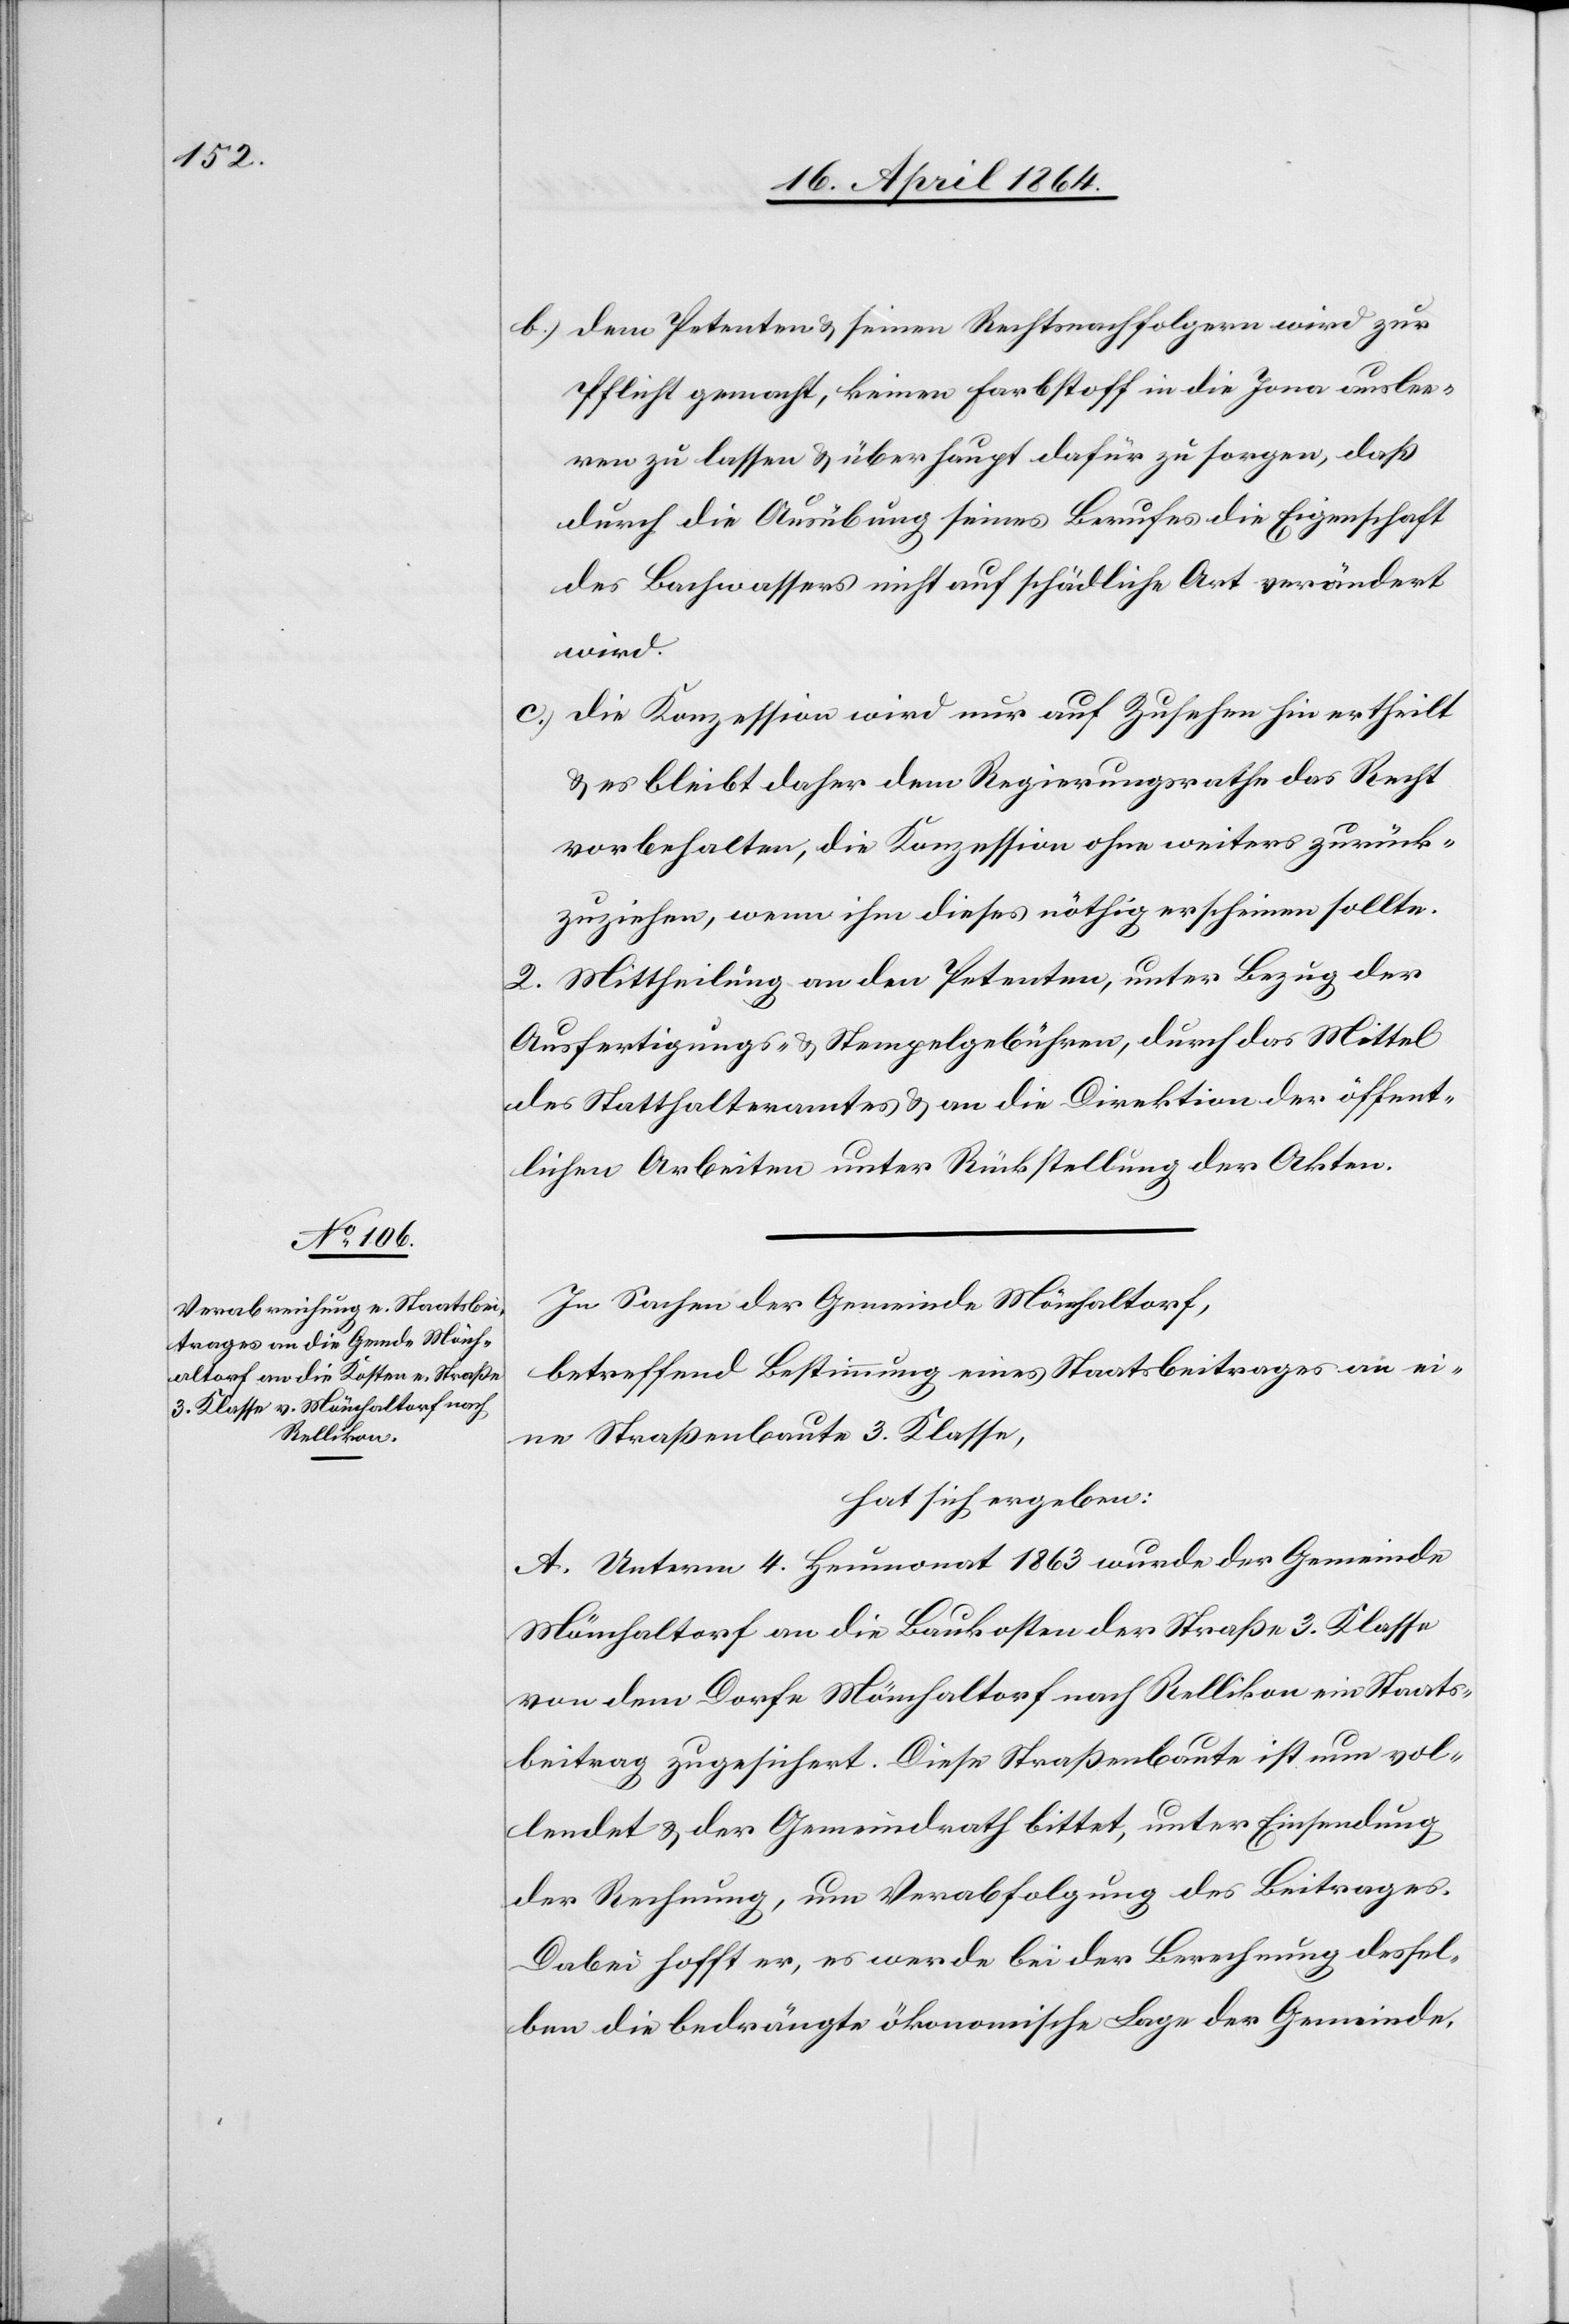
b.) Dem Petenten u. seinen Rechtsnachfolgern wird zur
Pflicht gemacht, keinen Farbstoff in die Jona auslee¬
ren zu lassen u. überhaupt dafür zu sorgen, daß
durch die Ausübung seines Berufes die Eigenschaft
des Bachwassers nicht auf schädliche Art verändert
wird.
c.) Die Konzession wird nur auf Zusehen hin ertheilt
u. es bleibt daher dem Regierungsrathe das Recht
vorbehalten, die Konzession ohne weiters zurück¬
zuziehen, wenn ihm dieses nöthig erscheinen sollte.
2. Mittheilung an den Petenten, unter Bezug der
Ausfertigungs- u. Stempelgebühren, durch das Mittel
des Statthalteramtes u. an die Direktion der öffent¬
lichen Arbeiten unter Rückstellung der Akten.
In Sachen der Gemeinde Mönchaltorf,
betreffend Bestimmung eines Staatsbeitrages an ei¬
ne Straßenbaute 3. Klasse,
hat sich ergeben:
A. Unterm 4. Heumonat 1863 wurde der Gemeinde
Mönchaltorf an die Baukosten der Straße 3. Klasse
von dem Dorfe Mönchaltorf nach Rellikon ein Staats¬
beitrag zugesichert. Diese Straßenbaute ist nun vol¬
lendet u. der Gemeindrath bittet, unter Einsendung
der Rechnung, um Verabfolgung des Beitrages.
Dabei hofft er, es werde bei der Berechnung dessel¬
ben die bedrängte ökonomische Lage der Gemeinde,